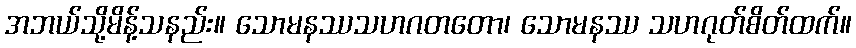
အဘယ်သို့မိန့်သနည်း။ သောမနဿသဟဂတတော၊ သောမနဿ သဟဂုတ်စိတ်ထက်။